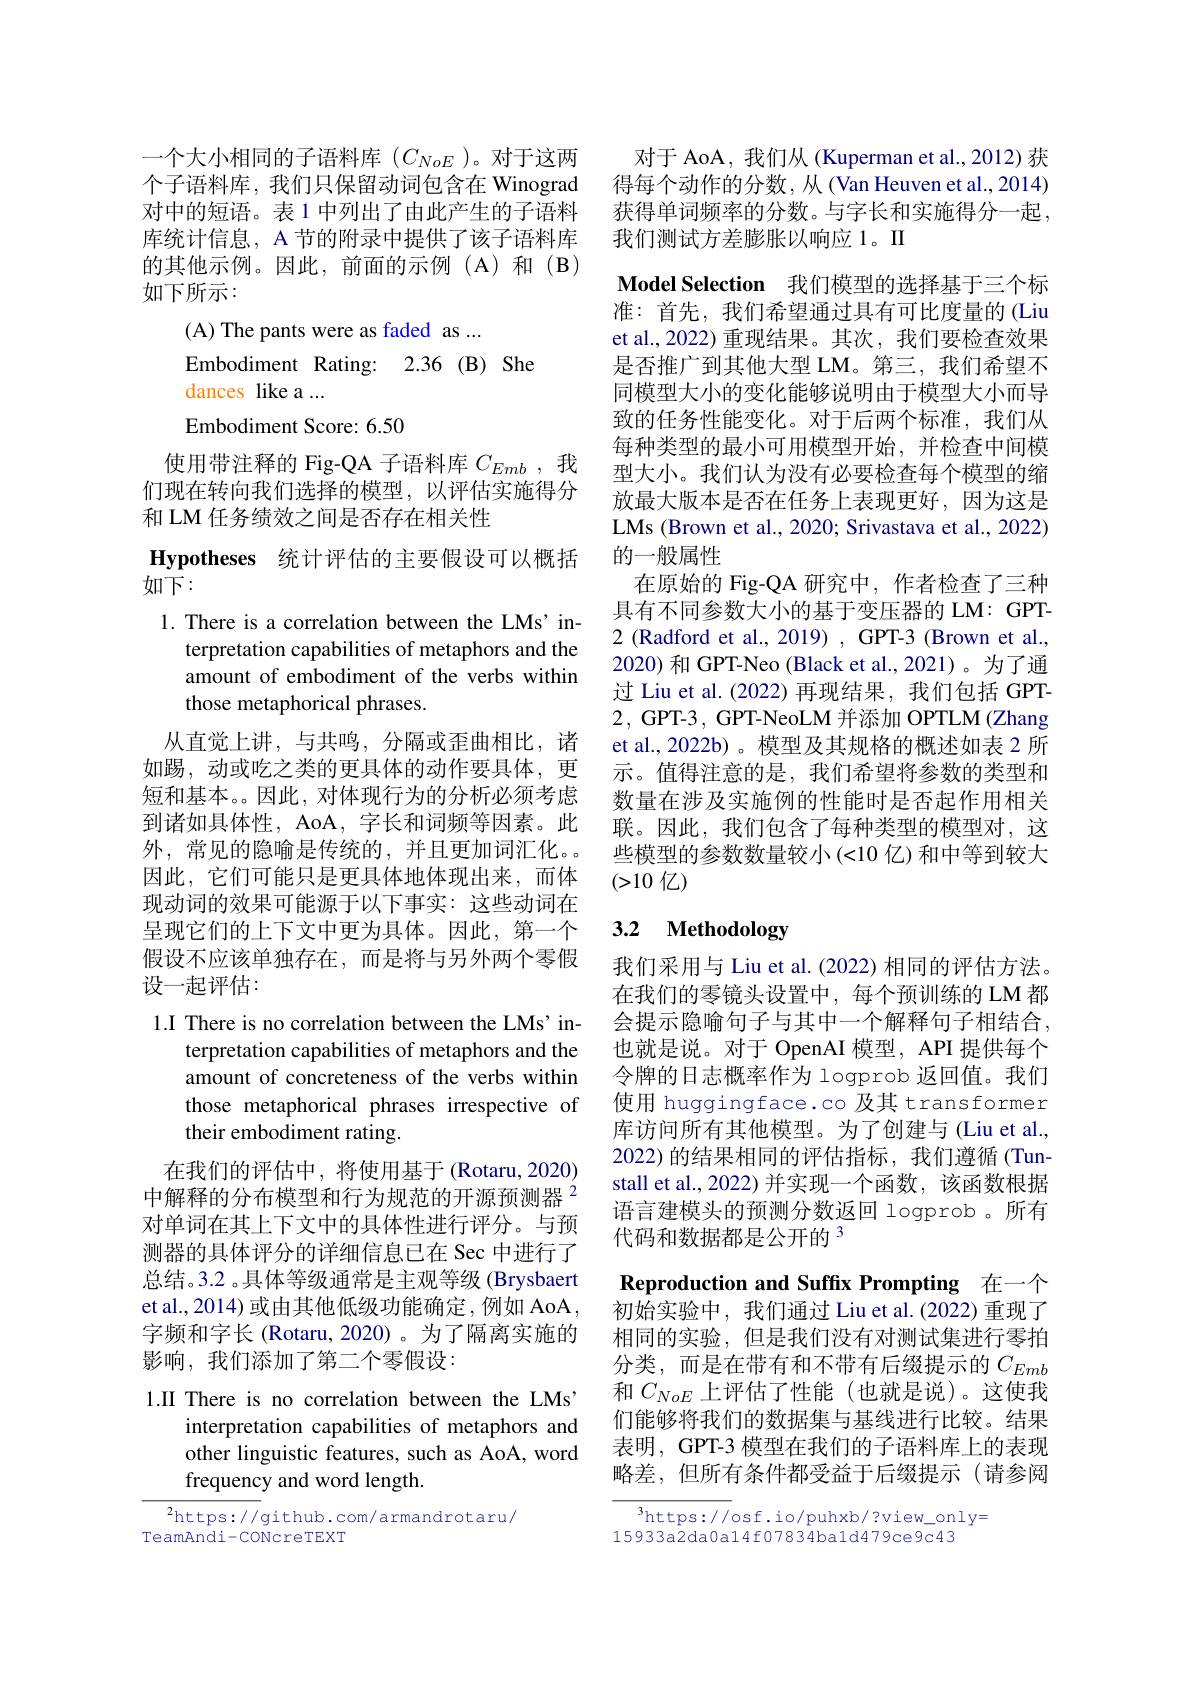
一个大小相同的子语料库$(C_{NoE})$。对于这两库统计信息，A 节的附录中提供了该子语料库的其他示例。因此，前面的示例(A)和(B) 如下所示：
(A) The pants were as faded as ...
Embodiment Rating: 2.36(B) She
dances like a ...
Embodiment Score: 6.50
使用带注释的 Fig-QA 子语料库$C_{Emb}$ ,我

们现在转向我们选择的模型，以评估实施得分
和 LM 任务绩效之间是否存在相关性
$\textbf{Hypotheses 统 计 评 估 的 主 要 假 设 可 以 概 括 }$
如下：
1. There is a correlation between the LMs' in-
terpretation capabilities of metaphors and the amount of embodiment of the verbs within those metaphorical phrases
从直觉上讲，与共鸣，分隔或歪曲相比，诸如踢，动或吃之类的更具体的动作要具体，更短和基本。因此，对体现行为的分析必须考虑到诸如具体性，AoA, 字长和词频等因素。此外，常见的隐喻是传统的，并且更加词汇化。因此，它们可能只是更具体地体现出来，而体现动词的效果可能源于以下事实：这些动词在呈现它们的上下文中更为具体。因此，第一个假设不应该单独存在，而是将与另外两个零假设一起评估：
1.I There is no correlation between the LMs' in-
terpretation capabilities of metaphors and the

amount of concreteness of the verbs within those metaphorical phrases irrespective of their embodiment rating.

在我们的评估中，将使用基于(Rotaru,2020) 中解释的分布模型和行为规范的开源预测器$^{2}$ 对单词在其上下文中的具体性进行评分。与预测器的具体评分的详细信息已在 Sec 中进行了总结。3.2 。具体等级通常是主观等级 (Brysbaert et al., 2014) 或由其他低级功能确定，例如 AoA , 字频和字长 (Rotaru, 2020)。为了隔离实施的影响，我们添加了第二个零假设：

1.II There is no correlation between the LMs"
interpretation capabilities of metaphors and other linguistic features, such as AoA, word frequency and word length.

$^{2}$https://github.com/armandrotaru/
TeamAndi-CONcreTEXT

对于 AoA, 我们从 (Kuperman et al., 2012) 获
个子语料库，我们只保留动词包含在 Winograd 得每个动作的分数，从 (Van Heuven et al., 2014) 对中的短语。表 1 中列出了由此产生的子语料 获得单词频率的分数。与字长和实施得分一起，
我们测试方差膨胀以响应 1。II

Model Selection 我们模型的选择基于三个标准：首先，我们希望通过具有可比度量的 (Liu et al., 2022) 重现结果。其次，我们要检查效果是否推广到其他大型 LM。第三，我们希望不同模型大小的变化能够说明由于模型大小而导致的任务性能变化。对于后两个标准，我们从每种类型的最小可用模型开始，并检查中间模型大小。我们认为没有必要检查每个模型的缩放最大版本是否在任务上表现更好，因为这是LMs (Brown et al., 2020; Srivastava et al., 2022) 的一般属性
在原始的 Fig-QA 研究中，作者检查了三种具有不同参数大小的基于变压器的 LM: GPT- 2 (Radford et al., 2019) , GPT-3 (Brown et al., 2020) 和 GPT-Neo (Black et al.,2021)。为了通过 Liu et al. (2022) 再现结果，我们包括 GPT- 2, GPT-3, GPT-NeoLM 并添加 OPTLM (Zhang et al., 2022b) 。模型及其规格的概述如表 2 所示。值得注意的是，我们希望将参数的类型和数量在涉及实施例的性能时是否起作用相关联。因此，我们包含了每种类型的模型对，这些模型的参数数量较小(<10 亿)和中等到较大(>10 亿)

# 3.2 Methodology

我们采用与 Liu et al. (2022) 相同的评估方法。在我们的零镜头设置中，每个预训练的 LM 都会提示隐喻句子与其中一个解释句子相结合， 也就是说。对于 OpenAI 模型，API 提供每个令牌的日志概率作为 logprob 返回值。我们使用 huggingface.co 及其transformer 库访问所有其他模型。为了创建与(Liu et al., 2022)的结果相同的评估指标，我们遵循(Tunstall et al., 2022) 并实现一个函数，该函数根据语言建模头的预测分数返回 logprob 。所有代码和数据都是公开的$^{3}$

Reproduction and Suffix Prompting 在一个初始实验中，我们通过 Liu et al.(2022)重现了相同的实验，但是我们没有对测试集进行零拍分类，而是在带有和不带有后缀提示的$C_{Emb}$ 和$C_{NoE}$上评估了性能(也就是说)。这使我们能够将我们的数据集与基线进行比较。结果表明，GPT-3 模型在我们的子语料库上的表现略差，但所有条件都受益于后缀提示(请参阅

$^3$https://osf.io/puhxb/?view\_only=
15933a2da0a14f07834ba1d479ce9c43